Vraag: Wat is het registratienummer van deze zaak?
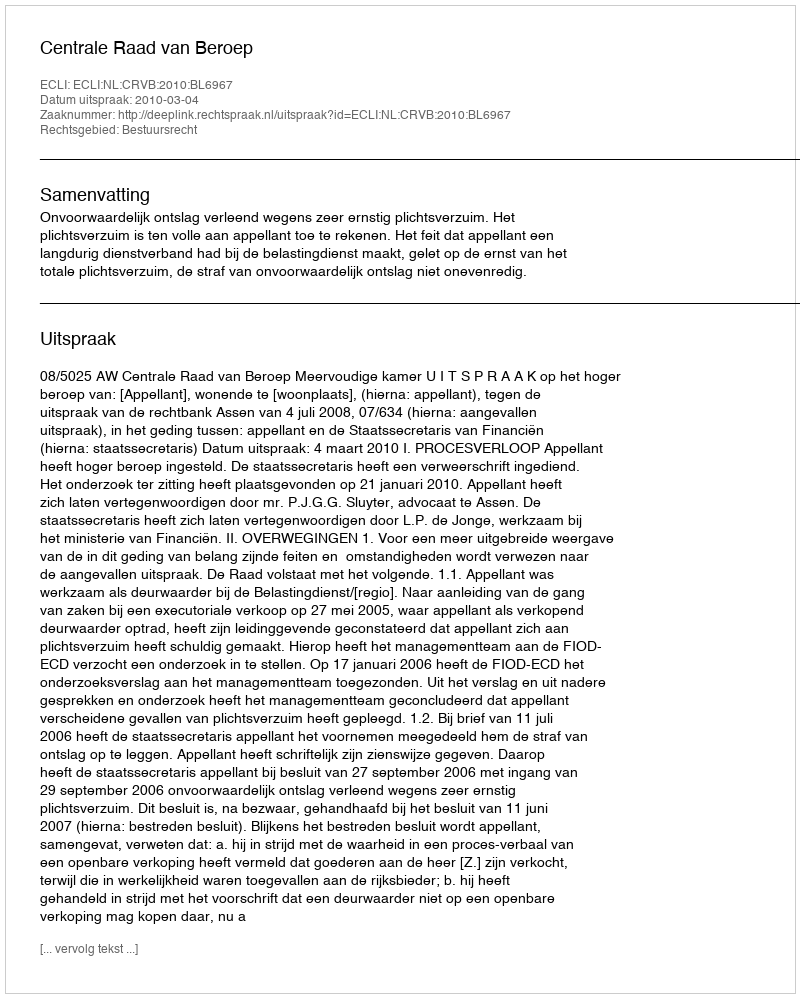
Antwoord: http://deeplink.rechtspraak.nl/uitspraak?id=ECLI:NL:CRVB:2010:BL6967